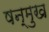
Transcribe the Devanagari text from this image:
षन्मुख